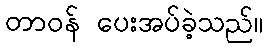
တာဝန် ပေးအပ်ခဲ့သည်။